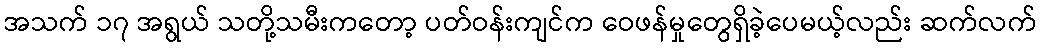
အသက် ၁၇ အရွယ် သတို့သမီးကတော့ ပတ်ဝန်းကျင်က ဝေဖန်မှုတွေရှိခဲ့ပေမယ့်လည်း ဆက်လက်